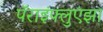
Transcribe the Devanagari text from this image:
पॅराइंफ्लुएंझा